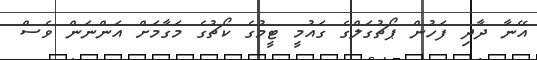
އޭނާ ދާދި ފަހުން ޕޯޗުގަލްގެ ގައުމީ ޓީމުގެ ކޯޗުގެ މަގާމަށް އަންނަން ވެސް